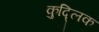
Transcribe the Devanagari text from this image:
कुद्लिक